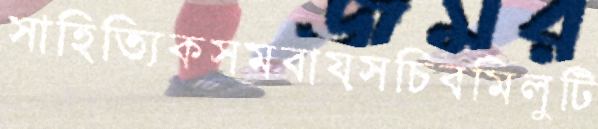
সাহিত্যিকসমবায়সচিবমিলুটি